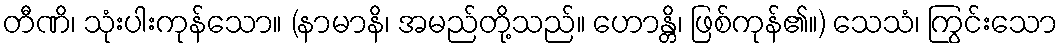
တီဏိ၊ သုံးပါးကုန်သော။ (နာမာနိ၊ အမည်တို့သည်။ ဟောန္တိ၊ ဖြစ်ကုန်၏။) သေသံ၊ ကြွင်းသော